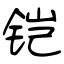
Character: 铠